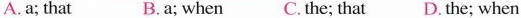
A. a; that B.a; when C.the; that D. The; when